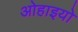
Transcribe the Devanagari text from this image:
ओहाइयो